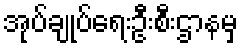
အုပ်ချုပ်ရေးဦးစီးဌာနမှ